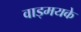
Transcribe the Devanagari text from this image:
वाड्मयके